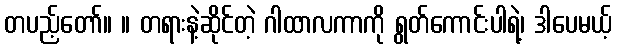
တပည့်တော်။ ။ တရားနဲ့ဆိုင်တဲ့ ဂါထာလကာကို ရွတ်ကောင်းပါရဲ့၊ ဒါပေမယ့်